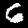
Label: 6